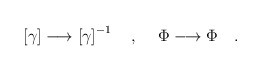
\begin{align*}\left[ \gamma \right] \longrightarrow \left[ \gamma \right]^{-1} ~~~, \hspace{.2in}\Phi \longrightarrow \Phi ~~~. \end{align*}